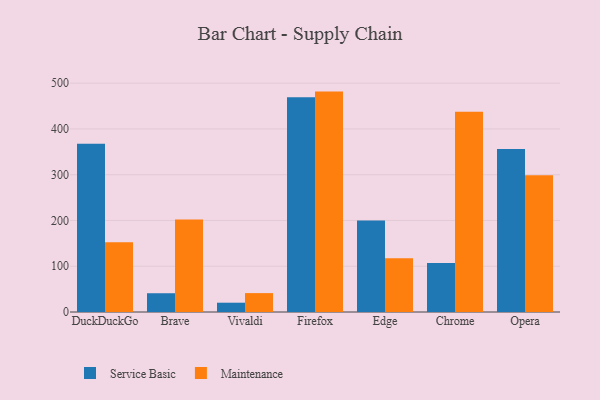
{"axis": {"x": "Browser", "y": "Satisfaction Score"}, "legend": ["Maintenance", "Service Basic"], "data": [{"x": "DuckDuckGo", "y": 367.6, "type": "Service Basic"}, {"x": "DuckDuckGo", "y": 152.3, "type": "Maintenance"}, {"x": "Brave", "y": 41.0, "type": "Service Basic"}, {"x": "Brave", "y": 202.3, "type": "Maintenance"}, {"x": "Vivaldi", "y": 20.3, "type": "Service Basic"}, {"x": "Vivaldi", "y": 41.3, "type": "Maintenance"}, {"x": "Firefox", "y": 469.4, "type": "Service Basic"}, {"x": "Firefox", "y": 481.6, "type": "Maintenance"}, {"x": "Edge", "y": 199.8, "type": "Service Basic"}, {"x": "Edge", "y": 117.4, "type": "Maintenance"}, {"x": "Chrome", "y": 107.0, "type": "Service Basic"}, {"x": "Chrome", "y": 437.7, "type": "Maintenance"}, {"x": "Opera", "y": 356.1, "type": "Service Basic"}, {"x": "Opera", "y": 298.6, "type": "Maintenance"}]}